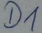
Text: D1